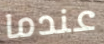
عندما